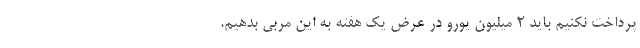
پرداخت نکنیم باید 2 میلیون یورو در عرض یک هفته به این مربی بدهیم.